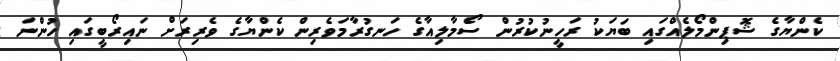
ކެންޔާގެ ޝޮޕިންމޯލެއްގައި ބަޔަކު ރަހީނުކުރުން ސޯމާލިއާގެ ހަނގުރާމަވެރިން ކެންޔާގެ ވެރިރަށް ނައިރޯބީގައި ހުންނަ